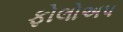
ફોલોઅપ